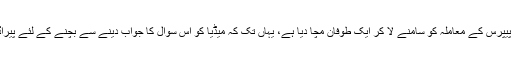
ابھی حال میں جرمنی کے جس اخبار نے پناما لیکس کو اجاگر کیا تھا، اسی اخبار نے پیراڈائز پیپرس کے معاملہ کو سامنے لا کر ایک طوفان مچا دیا ہے، یہاں تک کہ میڈیا کو اس سوال کا جواب دینے سے بچنے کے لئے پیراڈائز پیپرس میں شامل بھاجپا کے راجیہ سبھا ممبر روندر کمار سنہا کو ’مون برت ‘ رکھنا پڑا۔